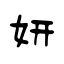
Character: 妍